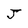
Character: J